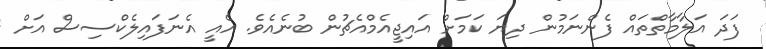
ފަދަ އަލާމާތްތައް ފެންނަމުން ދިޔަ ކަމަށް އައިޖީއެމްއެޗުން ބުނެއެވެ. އެއީ އެނަފައިލެކްސިސް އަށް